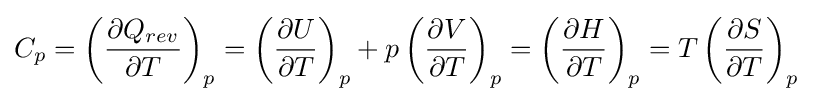
C_{p}=\left({\partial Q_{rev} \over \partial T}\right)_{p}=\left({\partial U \over \partial T}\right)_{p}+p\left({\partial V \over \partial T}\right)_{p}=\left({\partial H \over \partial T}\right)_{p}=T\left({\partial S \over \partial T}\right)_{p}